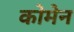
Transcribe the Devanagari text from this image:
कोमेन